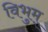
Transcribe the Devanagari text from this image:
विभुम्